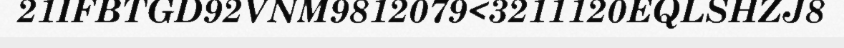
21IFBTGD92VNM9812079<3211120EQLSHZJ8